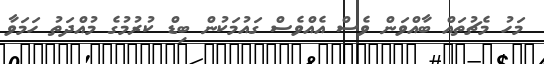
މަހު މެޗުތައް ބާއްވަން ވެސް އެއްވެސް ގައުމަކުން ބިޑް ކުރުމުގެ މުއްދަތު ހަމަވާ